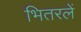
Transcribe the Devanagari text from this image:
भितरलें